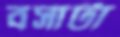
বসাটা